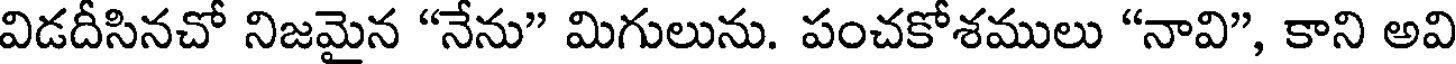
విడదీసినచో నిజమైన "నేను" మిగులును. పంచకోశములు "నావి", కాని అవి